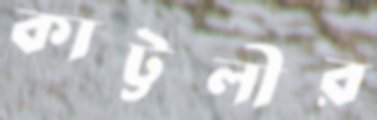
কাট্টলীর